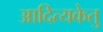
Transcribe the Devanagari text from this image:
आदित्यकेतु